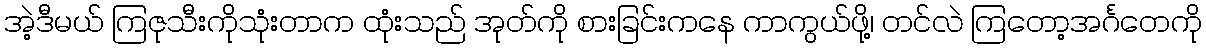
အဲ့ဒီမယ် ကြဇုသီးကိုသုံးတာက ထုံးသည် အုတ်ကို စားခြင်းကနေ ကာကွယ်ဖို့၊ တင်လဲ ကြတော့အင်္ဂတေကို